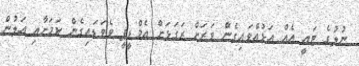
ނުލުގެ ޓައީ އެއް އަޅުއްވައިގެން ވަރަށް ރަގަޅަށް އެމްޑީޕީ ވެވަޑައިގެން ކަމަށާއި އަލުން